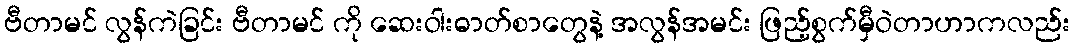
ဗီတာမင် လွန်ကဲခြင်း ဗီတာမင် ကို ဆေးဝါးဓာတ်စာတွေနဲ့ အလွန်အမင်း ဖြည့်စွက်မှီဝဲတာဟာကလည်း